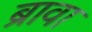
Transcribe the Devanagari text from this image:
ब्रावा